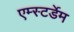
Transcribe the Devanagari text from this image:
एम्स्टर्डेम